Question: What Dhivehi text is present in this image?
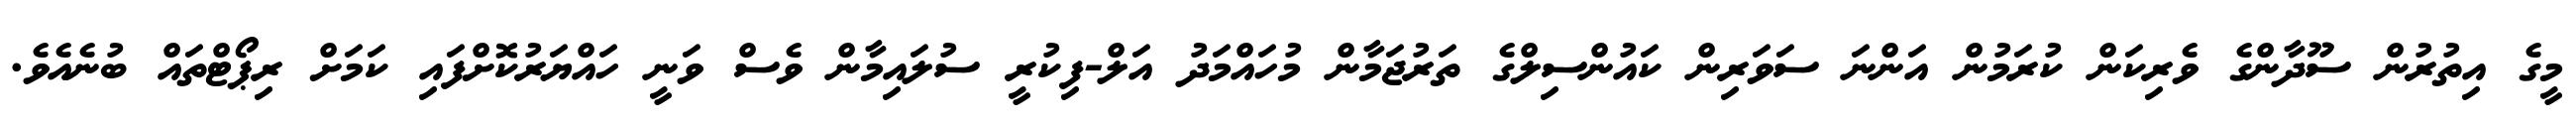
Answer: މީގެ އިތުރުން ސޫދާންގެ ވެރިކަން ކުރަމުން އަންނަ ސަވަރިން ކައުންސިލްގެ ތަރުޖަމާން މުހައްމަދު އަލް-ފިކުރީ ސުލައިމާން ވެސް ވަނީ ހައްޔަރުކޮށްފައި ކަމަށް ރިޕޯޓްތައް ބުނެއެވެ.